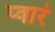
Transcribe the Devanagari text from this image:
प्वारं